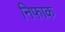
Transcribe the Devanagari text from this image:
निफाक